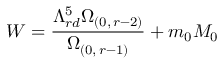
W = \frac { \Lambda _ { r d } ^ { 5 } \Omega _ { ( 0 , \, r - 2 ) } } { \Omega _ { ( 0 , \, r - 1 ) } } + m _ { 0 } M _ { 0 }